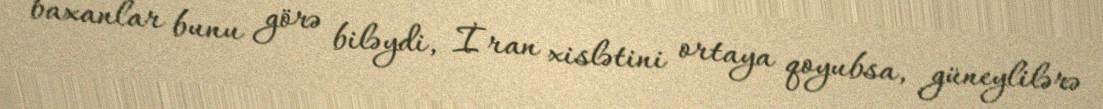
baxanlar bunu görə biləydi, İran xislətini ortaya qoyubsa, güneylilərə